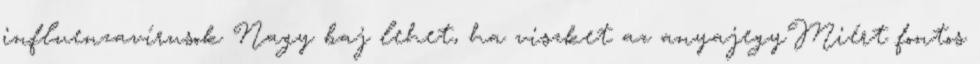
influenzavírusok Nagy baj lehet, ha viszket az anyajegyMiért fontos